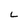
Character: L